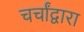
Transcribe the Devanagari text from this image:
चर्चांद्वारा